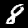
Digit: 8